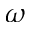
\omega